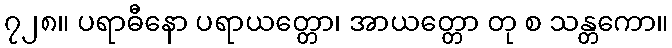
၇၂၈။ ပရာဓီနော ပရာယတ္တော၊ အာယတ္တော တု စ သန္တကော။